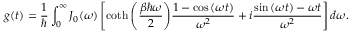
g ( t ) = \frac { 1 } { \hbar } \int _ { 0 } ^ { \infty } J _ { 0 } ( \omega ) \left[ \coth { \left( \frac { \beta \hbar \omega } { 2 } \right) } \frac { 1 - \cos { ( \omega t ) } } { \omega ^ { 2 } } + i \frac { \sin { ( \omega t ) } - \omega t } { \omega ^ { 2 } } \right] d \omega .